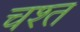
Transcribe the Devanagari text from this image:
चश्त